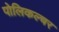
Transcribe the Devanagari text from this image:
पोलिकल्चर